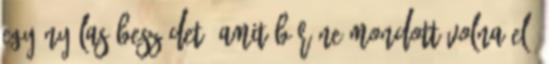
egy nyálas beszédet, amit bár ne mondott volna el,